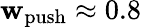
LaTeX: \mathbf{w}_{\mathrm{{push}}}\approx0.8